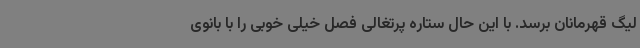
لیگ قهرمانان برسد. با این حال ستاره پرتغالی فصل خیلی خوبی را با بانوی